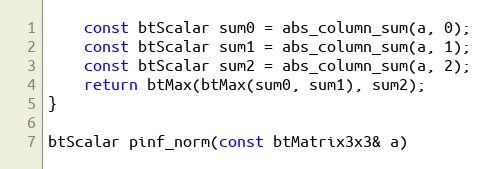
Language: C++
	const btScalar sum0 = abs_column_sum(a, 0);
	const btScalar sum1 = abs_column_sum(a, 1);
	const btScalar sum2 = abs_column_sum(a, 2);
	return btMax(btMax(sum0, sum1), sum2);
}

btScalar pinf_norm(const btMatrix3x3& a)